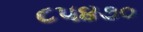
૮૫૪૭૦